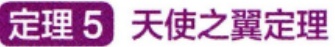
定理 5 天使之翼定理